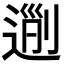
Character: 𨔜